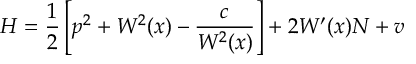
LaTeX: H = \frac 1 2 \left[ p ^ { 2 } + W ^ { 2 } ( x ) - \frac { c } { W ^ { 2 } ( x ) } \right] + 2 W ^ { \prime } ( x ) N + v